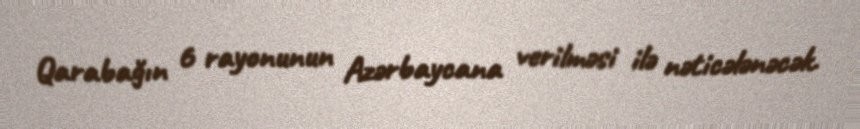
Qarabağın 6 rayonunun Azərbaycana verilməsi ilə nəticələnəcək.